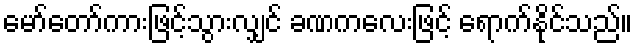
မော်တော်ကားဖြင့်သွားလျှင် ခဏကလေးဖြင့် ရောက်နိုင်သည်။